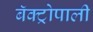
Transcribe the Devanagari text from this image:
बॅक्ट्रोपाली